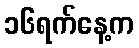
၁၆ရက်နေ့က